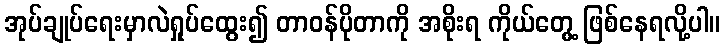
အုပ်ချုပ်ရေးမှာလဲရှုပ်ထွေး၍ တာဝန်ပိုတာကို အစိုးရ ကိုယ်တွေ့ ဖြစ်နေရလို့ပါ။